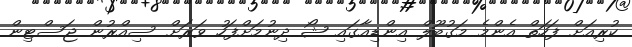
ކުރިއަށް ފަހަތް އެންމެ މަގުބޫލް އިންޑިއާގައި ޝޯ ދިނުމަށްފަހު ވަރަށް ސިއްރުން ޖަސްޓިން